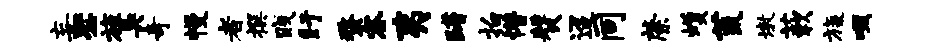
妄毖旌臭奇幔者撰贱盱蝥容夷躇拍懵赞迢同綮蠖荒墩蔌旒啜